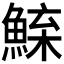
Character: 𫙢